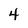
Character: 4